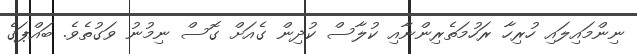
ނިންމައިލައި ހުރިހާ ރަހުމަތެރިންނާއި ކުލާސް ކުދިން ގެއަށް ގޮސް ނިމުނު ވަގުތެވެ. ބައްޕަގެ